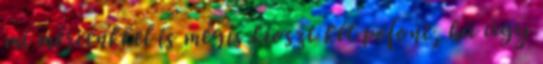
mi mércénkkel is mégis kioszt két pofont, ha úgy